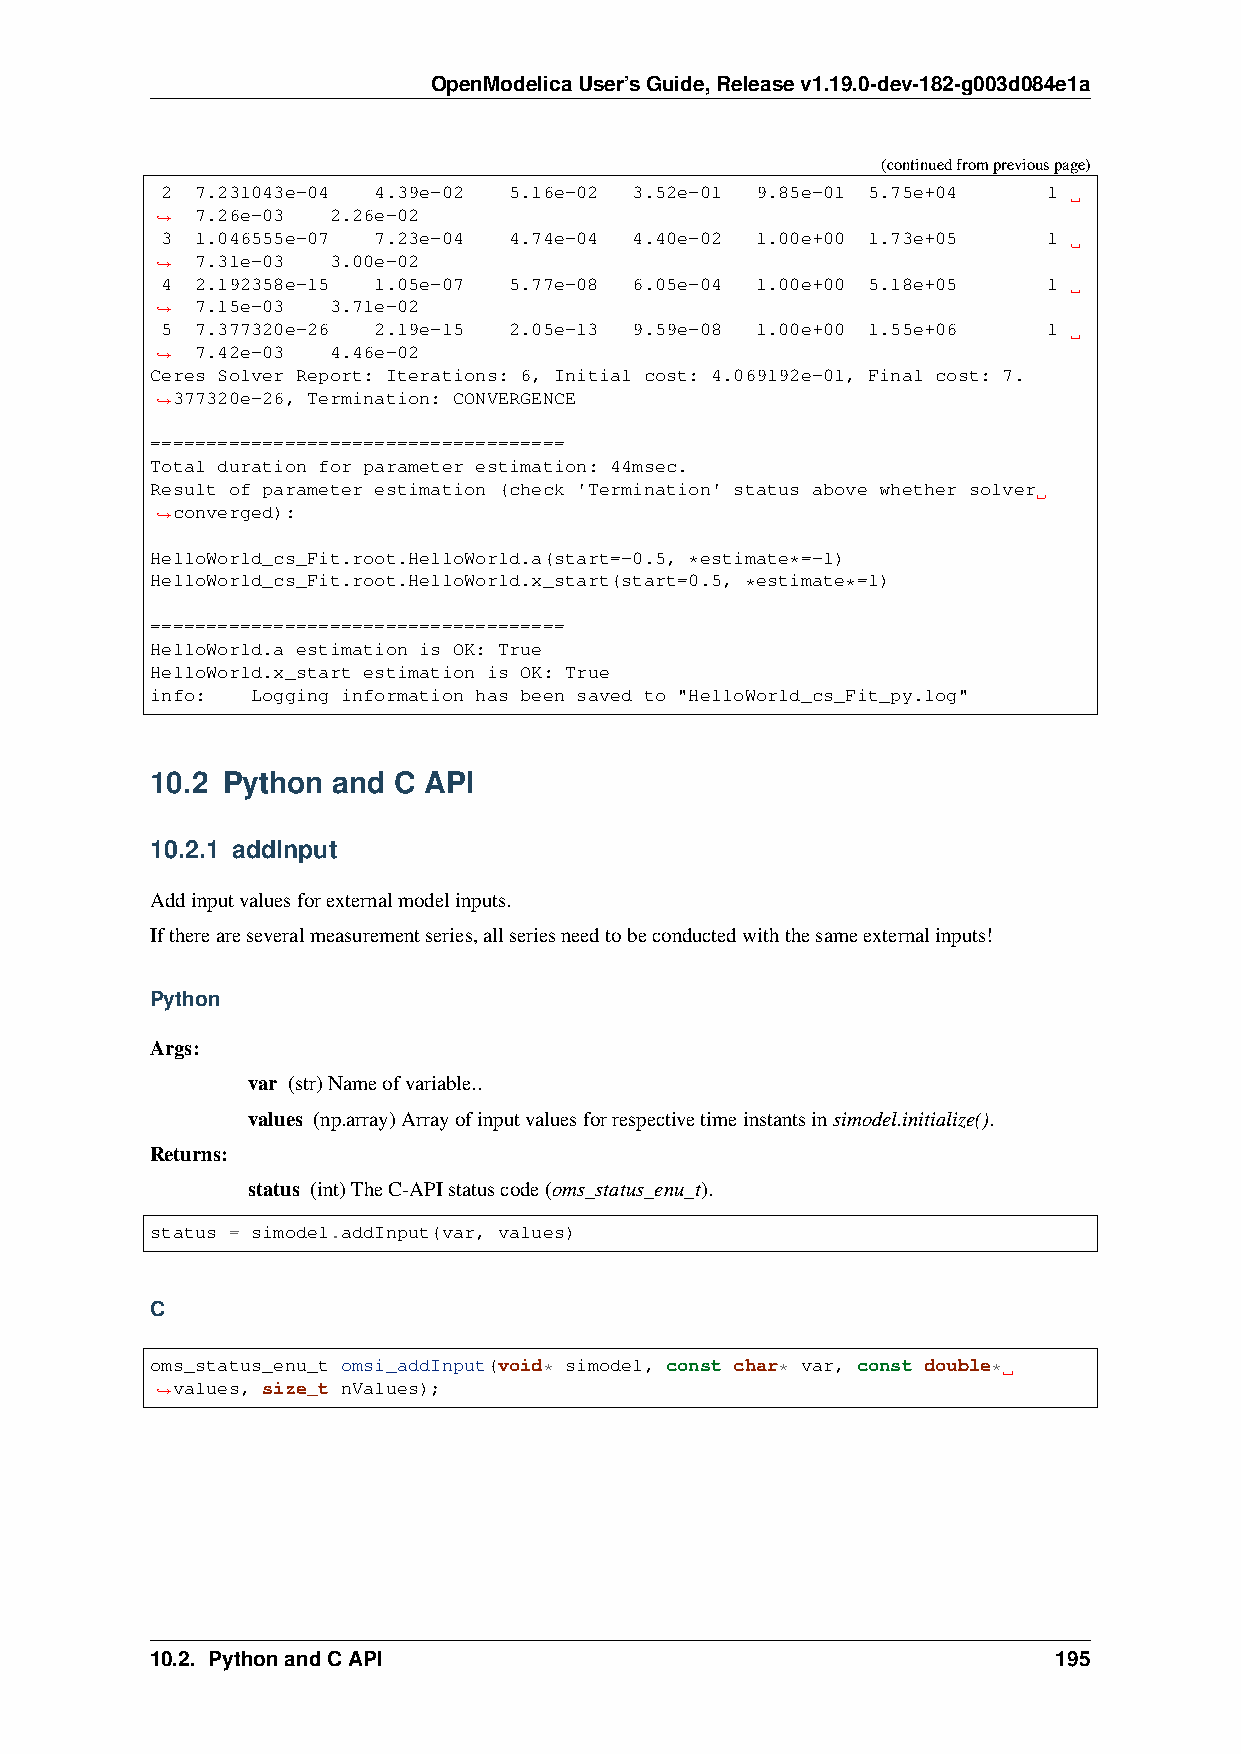
OpenModelicaUser’sGuide,Releasev1.19.0-dev-182-g003d084e1a
 (continuedfrompreviouspage)
 2 7.231043e-04 4.39e-02 5.16e-02 3.52e-01 9.85e-01 5.75e+04 1
 7.26e-03 2.26e-02
 ˓→
 3 1.046555e-07 7.23e-04 4.74e-04 4.40e-02 1.00e+00 1.73e+05 1
 7.31e-03 3.00e-02
 ˓→
 4 2.192358e-15 1.05e-07 5.77e-08 6.05e-04 1.00e+00 5.18e+05 1
 7.15e-03 3.71e-02
 ˓→
 5 7.377320e-26 2.19e-15 2.05e-13 9.59e-08 1.00e+00 1.55e+06 1
 7.42e-03 4.46e-02
 ˓→
 Ceres Solver Report: Iterations: 6, Initial cost: 4.069192e-01, Final cost: 7.
 377320e-26, Termination: CONVERGENCE
 ˓→
 =====================================
 Total duration for parameter estimation: 44msec.
 Result of parameter estimation (check 'Termination' status above whether solver
 converged):
 ˓→
 HelloWorld_cs_Fit.root.HelloWorld.a(start=-0.5, *estimate*=-1)
 HelloWorld_cs_Fit.root.HelloWorld.x_start(start=0.5, *estimate*=1)
 =====================================
 HelloWorld.a estimation is OK: True
 HelloWorld.x_start estimation is OK: True
 info:  Logging information has been saved to "HelloWorld_cs_Fit_py.log"
 10.2 Python and C API
 10.2.1 addInput
 Addinputvaluesforexternalmodelinputs.
 Ifthereareseveralmeasurementseries,allseriesneedtobeconductedwiththesameexternalinputs!
 Python
 Args:
 var (str)Nameofvariable..
 values (np.array)Arrayofinputvaluesforrespectivetimeinstantsinsimodel.initialize().
 Returns:
 status (int)TheC-APIstatuscode(oms_status_enu_t).
 status = simodel.addInput(var, values)
 C
 oms_status_enu_t omsi_addInput(void* simodel, const char* var, const double*
 values, size_t nValues);
 ˓→
 10.2. PythonandCAPI                                         195